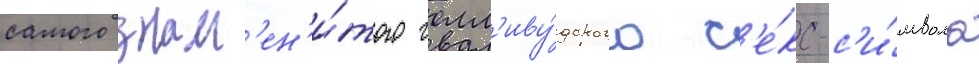
самого знам'ен'и́того голл'иву́дского с'е́кс-с'и́мвола